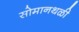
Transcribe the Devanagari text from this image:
सोमानथळी